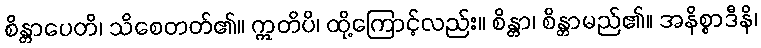
စိန္တာပေတိ၊ သိစေတတ်၏။ ဣတိပိ၊ ထို့ကြောင့်လည်း။ စိန္တာ၊ စိန္တာမည်၏။ အနိစ္စာဒီနိ၊